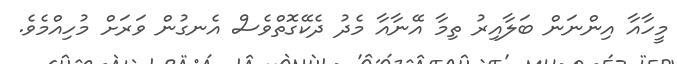
މީހާއާ އިންނަން ބަލާއިރު ތިމާ އޭނާއާ މެދު ދެކޭގޮތްވެސް އެނގުން ވަރަށް މުހިއްމެވެ.